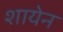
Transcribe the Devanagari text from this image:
शायेन